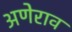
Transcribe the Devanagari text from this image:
अणेराव